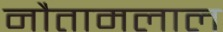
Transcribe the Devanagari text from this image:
नौतामलाल